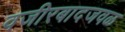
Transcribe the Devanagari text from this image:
वजीरबादजवळ